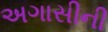
અગાસીની